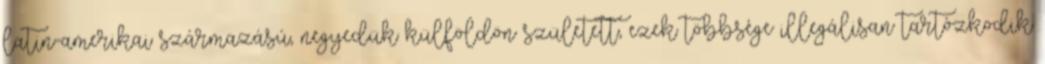
latin-amerikai származású, negyedük külföldön született, ezek többsége illegálisan tartózkodik